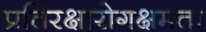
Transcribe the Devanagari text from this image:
प्रतिरक्षारोगक्षमता